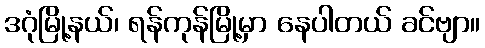
ဒဂုံမြို့နယ်၊ ရန်ကုန်မြို့မှာ နေပါတယ် ခင်ဗျာ။